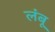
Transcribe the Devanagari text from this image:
लंबू